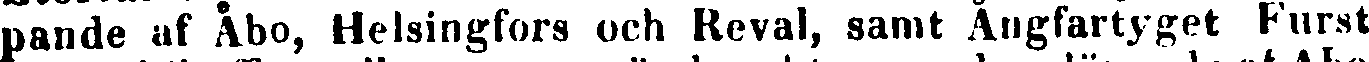
pande af Åbo, Helsingfors och Reval, samt Ångfartyget Furst